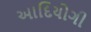
આદિયોગી